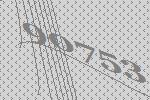
90753